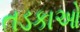
તડકાઓ